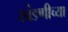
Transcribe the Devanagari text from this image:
खंडणीच्या